Trukikaitis_Postimees, lk 59
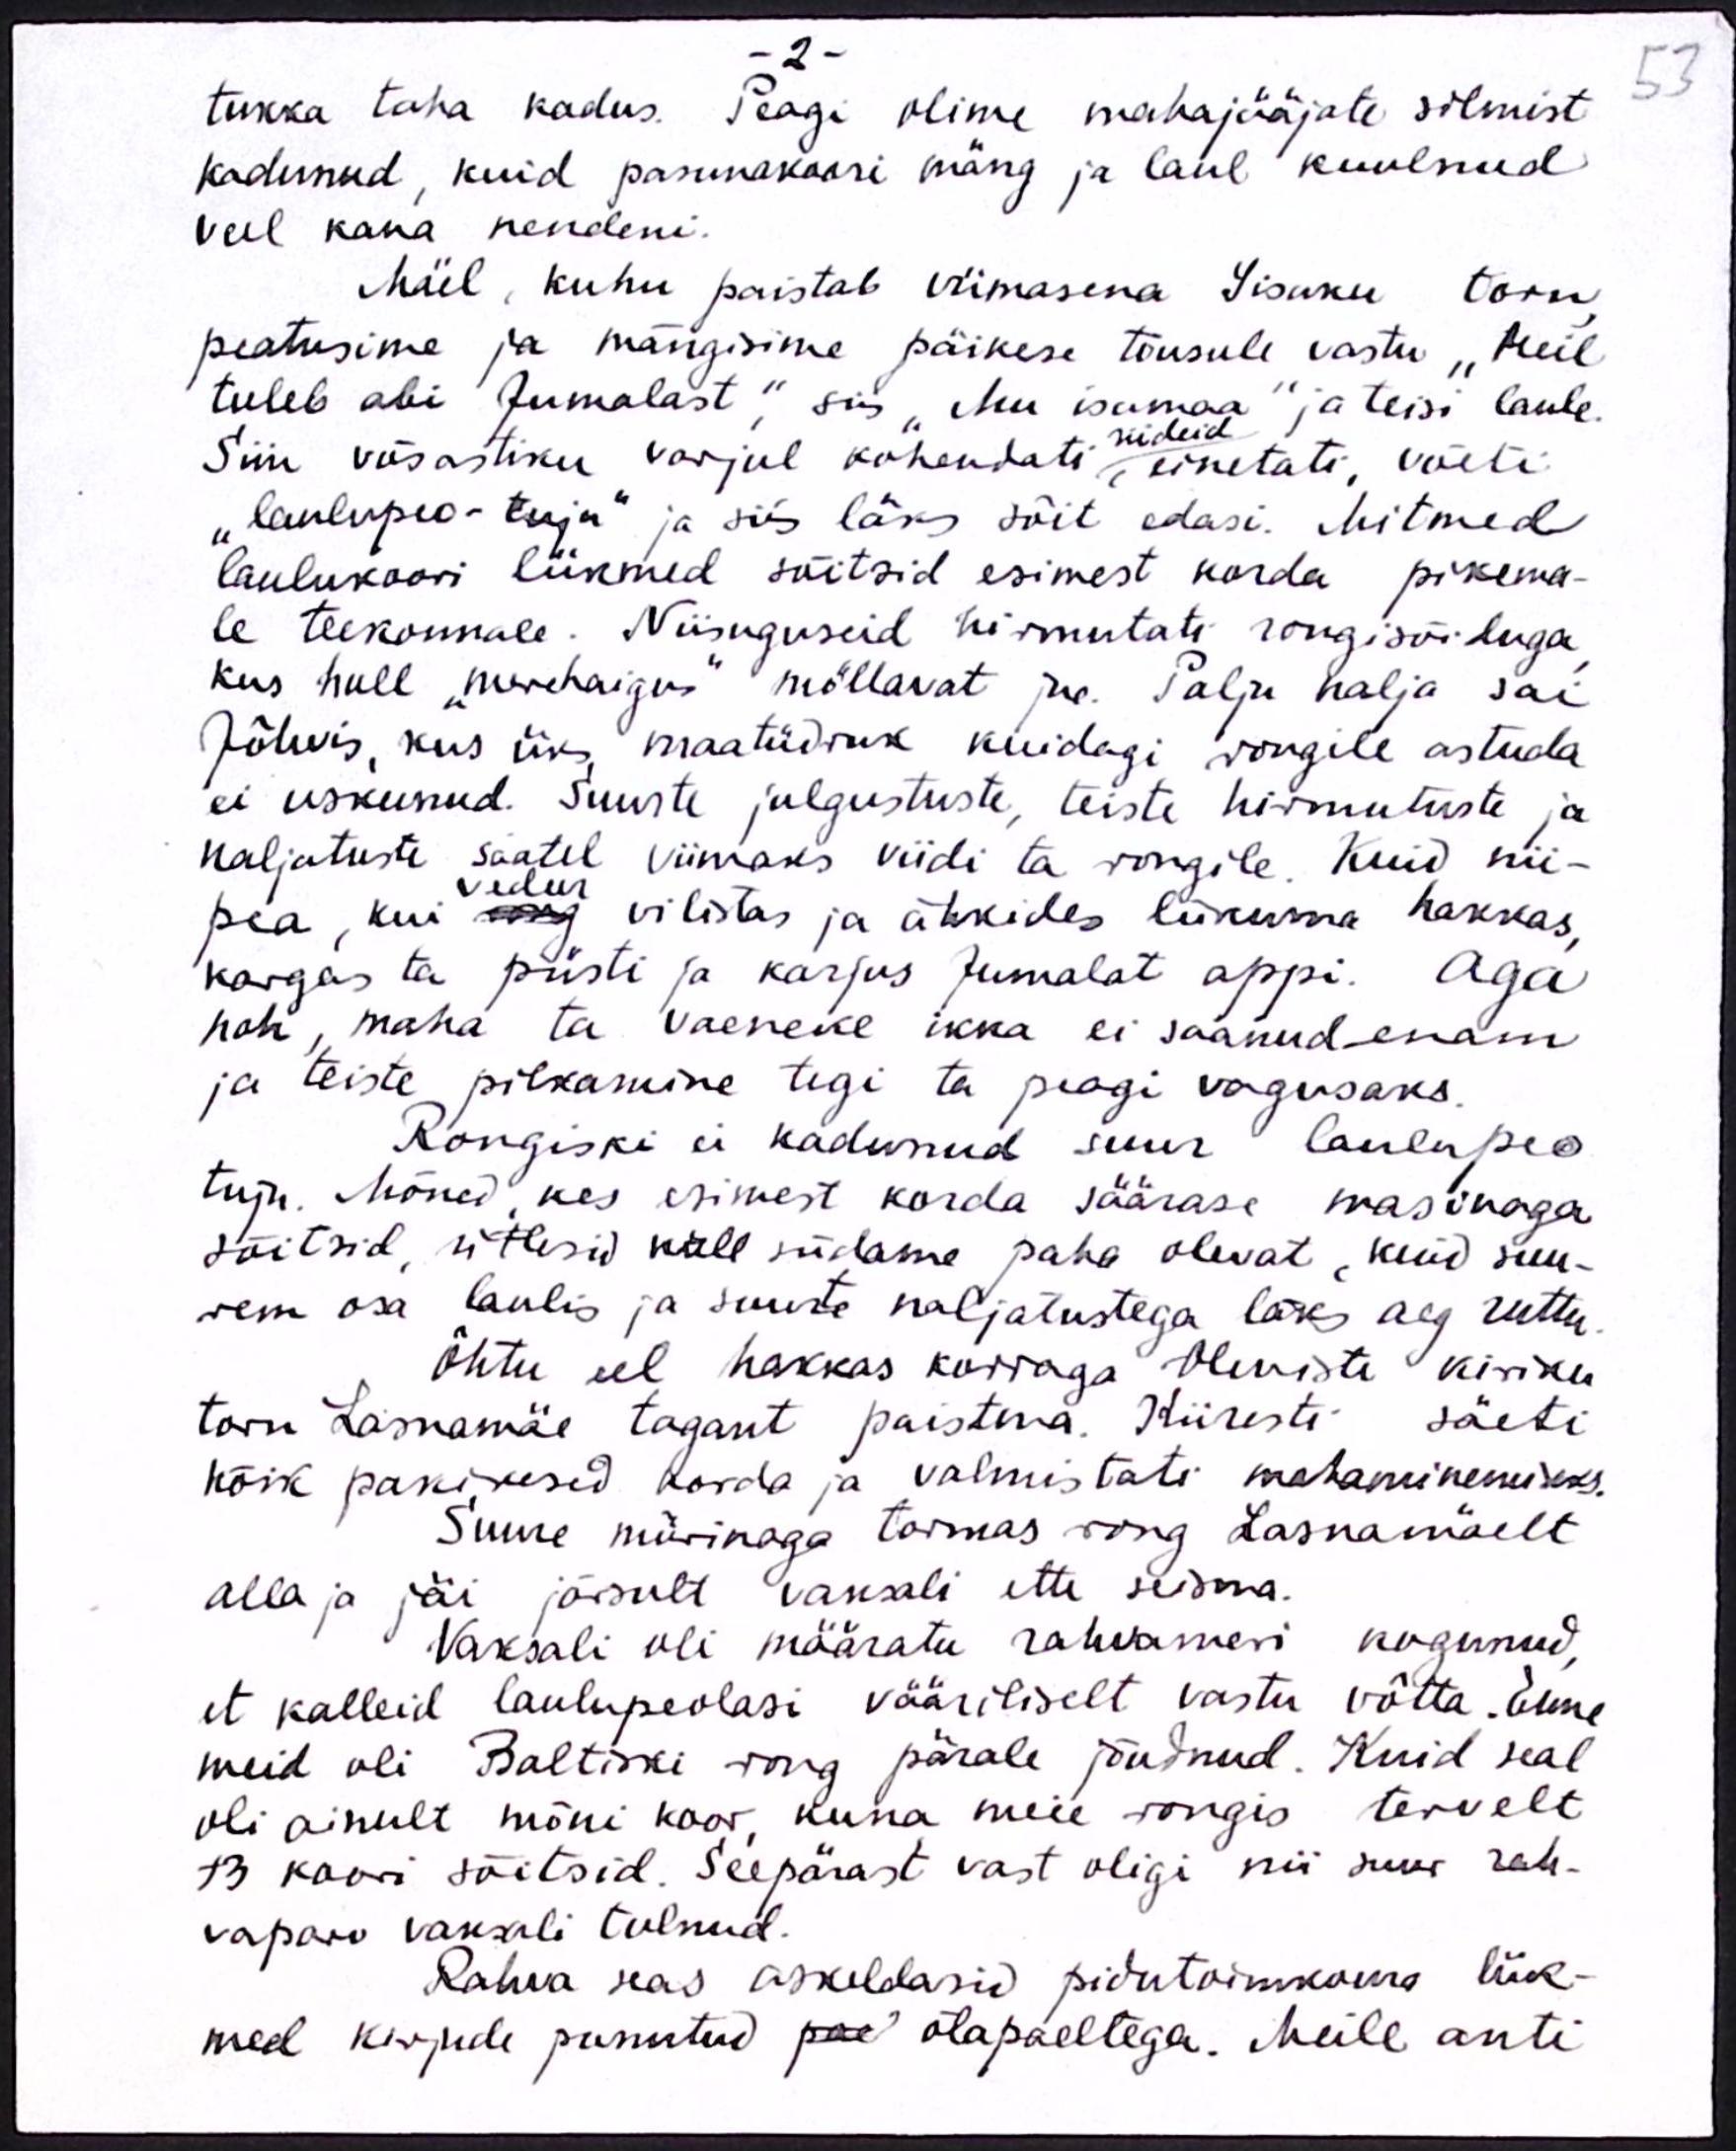
- 2 -
tukka taha kadus. Peagi olime mahajääjate silmist
kadunud, kuid pasunakoori mäng ja laul kuulnud
veel kaua nendeni.
Mäel, kuhu paistab viimasena Iisaku torn
peatusime ja mängisime päikese tõusule vastu "Meil
tuleb abi Jumalast", siis "Mu isamaa" ja teisi laule.
Siin võsastiku varjul kohendati, einetati, võeti
riideid.
"laulupeo-tuju" ja siis läks sõit edasi. Mitmed
laulukoori liikmed sõitsid esimest korda pikema-
le teekonnale. Niisuguseid hirmutati rongisõiduga
kus hull "merehaigus" möllavat jne. Palju nalja sai
Jõhvis, kus üks maatüdruk kuidagi rongile astuda
ei uskunud. Suurte julgustuste, teiste hirmutuste ja
naljatuste saatel viimaks viidi ta rongile. Kuid nii-
vedur
pea, kui neg vilistas ja ähkides liikuma hakkas,
kargas ta püsti ja karjus Jumalat appi. Aga
noh, maha ta vaeseke ikka ei saanud enam
ja teiste pilkamine tegi ta peagi vagusaks.
Rongiski ei kadunud suur laulupeo
tuju. Mõned, kes esimest korda säärase masinaga
sõitsid, ütlesid küll südame paha olevat, kuid suu-
rem osa laulis ja suurte naljatustega läks aeg ruttu.
Õhtu eel hakkas korraga Oleviste kiriku
torn Lasnamäe tagant paistma. Kiiresti säeti
kõik pakikesid korda ja valmistati mahaminemiseks.
Suure mürinaga tormas rong Lasnamäelt
alla ja jäi järsult vaksali ette seisma.
Vaksali oli määratu rahvameri kogunud,
et kalleid laulupeolasi vääriliselt vastu võtta. Enne
meid oli Baltiski rong pärale jõudnud. Kuid seal
oli ainult mõni koor, kuna meie rongis tervelt
13 koori sõitsid. Seepärast vast oligi nii suur rah-
vaparv vaksali tulnud.
Rahva seas askeldasid pidutoimkonna liik-
med kirjude punutud pae õlapaeltega. Meile anti

53